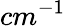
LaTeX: cm^{-1}